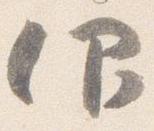
仰